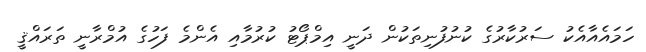
ހަމައެއާއެކު ސަރުކާރުގެ ކުނުފުނިތަކުން ދަނީ އިމްޕޯޓު ކުރުމާއި އެންމެ ފަހުގެ އުމްރާނީ ތަރައްޤީ